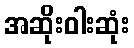
အဆိုးဝါးဆုံး